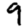
Digit: 9